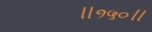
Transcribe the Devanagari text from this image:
॥१५०॥